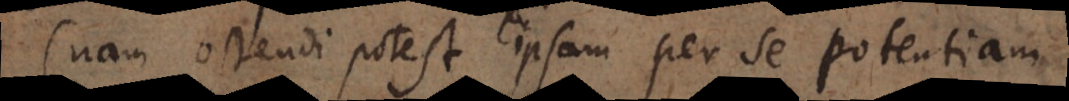
(nam ostendi potest ipsam per se potentiam